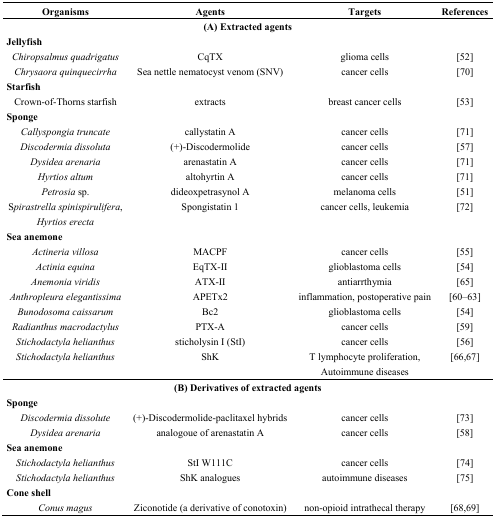
<table><thead><tr><td><b>Organisms</b></td><td><b>Agents</b></td><td><b>Targets</b></td><td><b>References</b></td></tr></thead><tbody><tr><td colspan="4">(A) Extracted agents</td></tr><tr><td><b>Jellyfish</b></td><td></td><td></td><td></td></tr><tr><td><i>Chiropsalmus quadrigatus</i></td><td>CqTX</td><td>glioma cells</td><td>[52]</td></tr><tr><td><i>Chrysaora quinquecirrha</i></td><td>Sea nettle nematocyst venom (SNV)</td><td>cancer cells</td><td>[70]</td></tr><tr><td><b>Starfish</b></td><td></td><td></td><td></td></tr><tr><td>Crown-of-Thorns starfish</td><td>extracts</td><td>breast cancer cells</td><td>[53]</td></tr><tr><td><b>Sponge</b></td><td></td><td></td><td></td></tr><tr><td><i>Callyspongia truncate</i></td><td>callystatin A</td><td>cancer cells</td><td>[71]</td></tr><tr><td><i>Discodermia dissoluta</i></td><td>(+)-Discodermolide</td><td>cancer cells</td><td>[57]</td></tr><tr><td><i>Dysidea arenaria</i></td><td>arenastatin A</td><td>cancer cells</td><td>[71]</td></tr><tr><td><i>Hyrtios altum</i></td><td>altohyrtin A</td><td>cancer cells</td><td>[71]</td></tr><tr><td><i>Petrosia</i> sp.</td><td>dideoxpetrasynol A</td><td>melanoma cells</td><td>[51]</td></tr><tr><td>S<i>pirastrella spinispirulifera</i>, <i>Hyrtios erecta</i></td><td>Spongistatin 1</td><td>cancer cells, leukemia</td><td>[72]</td></tr><tr><td><b>Sea anemone</b></td><td></td><td></td><td></td></tr><tr><td><i>Actineria villosa</i></td><td>MACPF</td><td>cancer cells</td><td>[55]</td></tr><tr><td><i>Actinia equina</i></td><td>EqTX-II</td><td>glioblastoma cells</td><td>[54]</td></tr><tr><td><i>Anemonia viridis</i></td><td>ATX-II</td><td>antiarrthymia</td><td>[65]</td></tr><tr><td><i>Anthropleura elegantissima</i></td><td>APETx2</td><td>inflammation, postoperative pain</td><td>[60,61,62,63]</td></tr><tr><td><i>Bunodosoma caissarum</i></td><td>Bc2</td><td>glioblastoma cells</td><td>[54]</td></tr><tr><td><i>Radianthus macrodactylus</i></td><td>PTX-A</td><td>cancer cells</td><td>[59]</td></tr><tr><td><i>Stichodactyla helianthus</i></td><td>sticholysin I (StI)</td><td>cancer cells</td><td>[56]</td></tr><tr><td><i>Stichodactyla helianthus</i></td><td>ShK</td><td>T lymphocyte proliferation, Autoimmune diseases</td><td>[66,67]</td></tr><tr><td colspan="4"><b>(B) Derivatives of extracted agents</b></td></tr><tr><td><b>Sponge</b></td><td></td><td></td><td></td></tr><tr><td><i>Discodermia dissolute</i></td><td>(+)-Discodermolide-paclitaxel hybrids</td><td>cancer cells</td><td>[73]</td></tr><tr><td><i>Dysidea arenaria</i></td><td>analogoue of arenastatin A</td><td>cancer cells</td><td>[58]</td></tr><tr><td><b>Sea anemone</b></td><td></td><td></td><td></td></tr><tr><td><i>Stichodactyla helianthus</i></td><td>StI W111C</td><td>cancer cells</td><td>[74]</td></tr><tr><td><i>Stichodactyla helianthus</i></td><td>ShK analogues</td><td>autoimmune diseases</td><td>[75]</td></tr><tr><td><b>Cone shell</b></td><td></td><td></td><td></td></tr><tr><td><i>Conus magus</i></td><td>Ziconotide (a derivative of conotoxin)</td><td>non-opioid intrathecal therapy</td><td>[68,69]</td></tr></tbody></table>